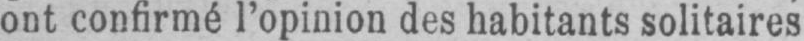
ont confirmé l’opinion des habitants solitaires